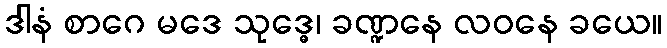
ဒါနံ စာဂေ မဒေ သုဒ္ဓေ၊ ခဏ္ဍနေ လဝနေ ခယေ။